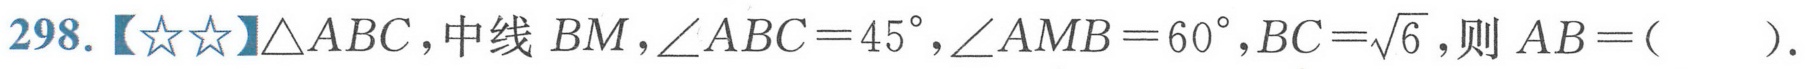
298.【☆☆】\(\triangle ABC\)，中线 \(BM\)，\(\angle ABC = 45^{\circ}\)，\(\angle AMB = 60^{\circ}\)，\(BC=\sqrt{6}\)，则 \(AB = (\ \ \ \ \ )\).